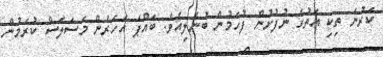
ކަރުނަ ތިކި އަތުގެ ނުފުށުން ފުހަމުން ބުނެލިއެވެ. ބައްޕަ އަހަރެން މަސަލަސް ކުރަމުން